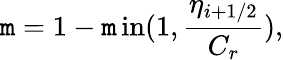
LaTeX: \mathtt{m}=1-\operatorname*{\mathtt{m}in}(1,\frac{{\eta_{i+1/2}}}{{C_{r}}}),